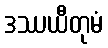
ဒဿယီတုမံ